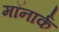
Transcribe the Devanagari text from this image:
मॉनार्क